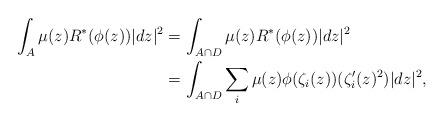
LaTeX: \begin{align*}\int_A\mu(z)R^*(\phi(z))|dz|^2&=\int_{A\cap D}\mu(z)R^*(\phi(z))|dz|^2 \\&=\int_{A\cap D}\sum_i \mu(z)\phi(\zeta_i(z))(\zeta'_i(z)^2) |dz|^2,\end{align*}